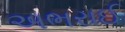
અભરાઈ